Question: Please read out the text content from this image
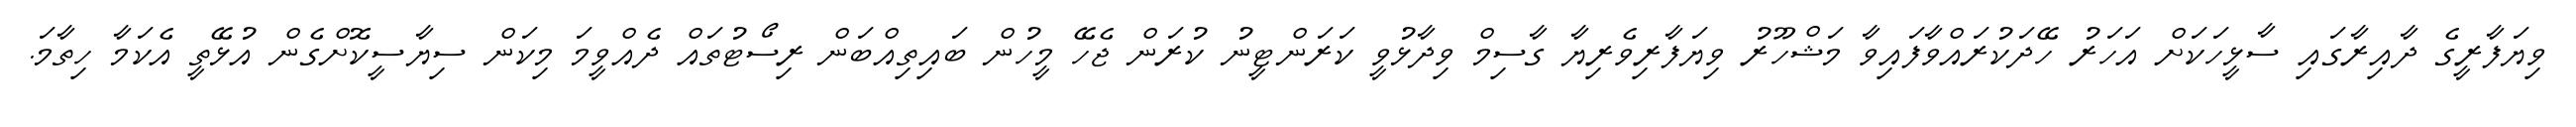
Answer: ވިޔަފާރީގެ ދާއިރާގައި ސާޅީހަކަށް އަހަރު ހޭދަކުރައްވާފައިވާ މަޝްހޫރު ވިޔަފާރިވެރިޔާ ގާސިމް ވިދާޅުވީ ކަރަންޓީނު ކުރަން ޖެހޭ މީހުން ބައިތިއްބަން ރިސޯޓުތައް ދެއްވީމަ މިކަން ސިޔާސީކޮށްގެން އުޅޭތީ އެކަމާ ހިތާމަ.